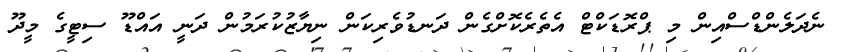
ނެދަލެންޑްސްއިން މި ޕްރޮޑަކްޓް އެތެރެކޮށްގެން ދަނޑުވެރިކަން ނިޔާޒުކުރަމުން ދަނީ އައްޑޫ ސިޓީގެ މީދޫ